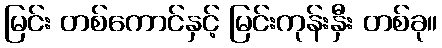
မြင်း တစ်ကောင်နှင့် မြင်းကုန်းနှီး တစ်ခု။